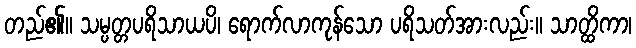
တည်၏။ သမ္ပတ္တပရိသာယပိ၊ ရောက်လာကုန်သော ပရိသတ်အားလည်း။ သာတ္ထိကာ၊